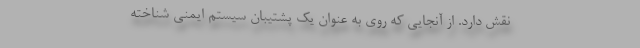
نقش دارد. از آنجایی که روی به عنوان یک پشتیبان سیستم ایمنی شناخته